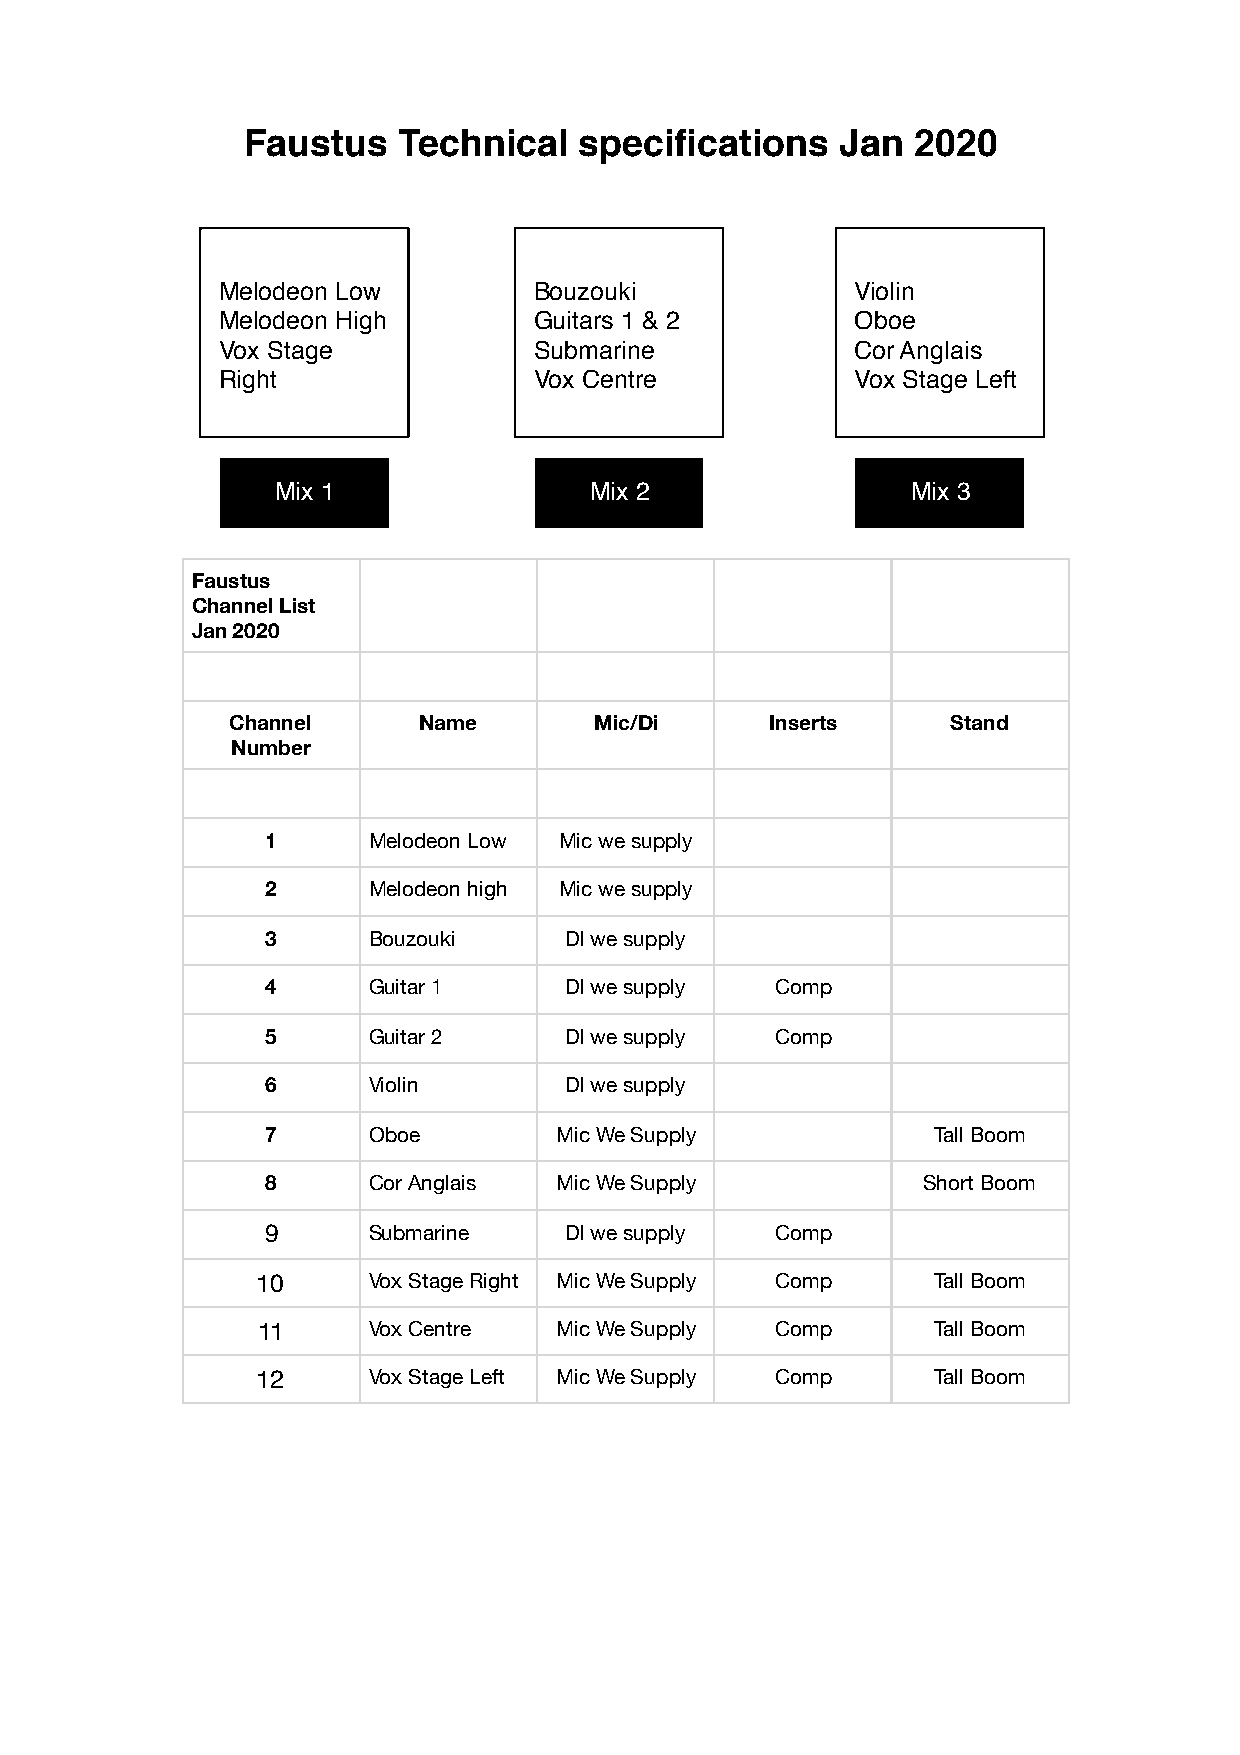
Faustus   Technical   specifications    Jan  2020
 Melodeon Low         Bouzouki              Violin
 Melodeon High        Guitars 1 & 2         Oboe
 Vox Stage            Submarine             Cor Anglais
 Right                Vox Centre            Vox Stage Left
 Mix 1                Mix 2                Mix 3
 Faustus
 Channel List
 Jan 2020
 Channel      Name       Mic/Di      Inserts     Stand
 Number
 1     Melodeon Low Mic we supply
 2     Melodeon high Mic we supply
 3     Bouzouki     DI we supply
 4     Guitar 1     DI we supply  Comp
 5     Guitar 2     DI we supply  Comp
 6     Violin       DI we supply
 7     Oboe         Mic We Supply            Tall Boom
 8     Cor Anglais  Mic We Supply           Short Boom
 9     Submarine    DI we supply  Comp
 10     Vox Stage Right Mic We Supply Comp    Tall Boom
 11     Vox Centre   Mic We Supply Comp       Tall Boom
 12     Vox Stage Left Mic We Supply Comp     Tall Boom